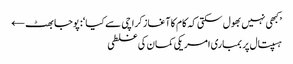
’کبھی نہیں بھول سکتی کہ کام کا آغاز کراچی سے کیا‘: پوجا بھٹ ←
ہسپتال پر بمباری امریکی کمان کی غلطی